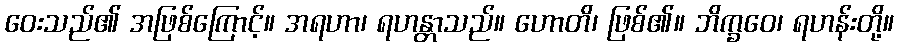
ဝေးသည်၏ အဖြစ်ကြောင့်။ အရဟာ၊ ရဟန္တာသည်။ ဟောတိ၊ ဖြစ်၏။ ဘိက္ခဝေ၊ ရဟန်းတို့။